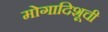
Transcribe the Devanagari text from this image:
मोगादिशूची